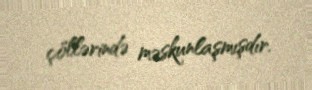
çöllərində məskunlaşmışdır.